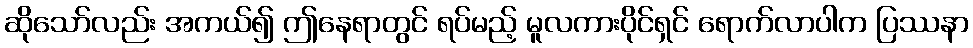
ဆိုသော်လည်း အကယ်၍ ဤနေရာတွင် ရပ်မည့် မူလကားပိုင်ရှင် ရောက်လာပါက ပြဿနာ